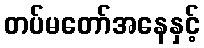
တပ်မတော်အနေနှင့်